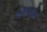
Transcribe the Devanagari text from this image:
महारावळ